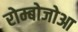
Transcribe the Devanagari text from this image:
रोम्बोजोआ